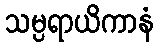
သမ္ပရာယိကာနံ